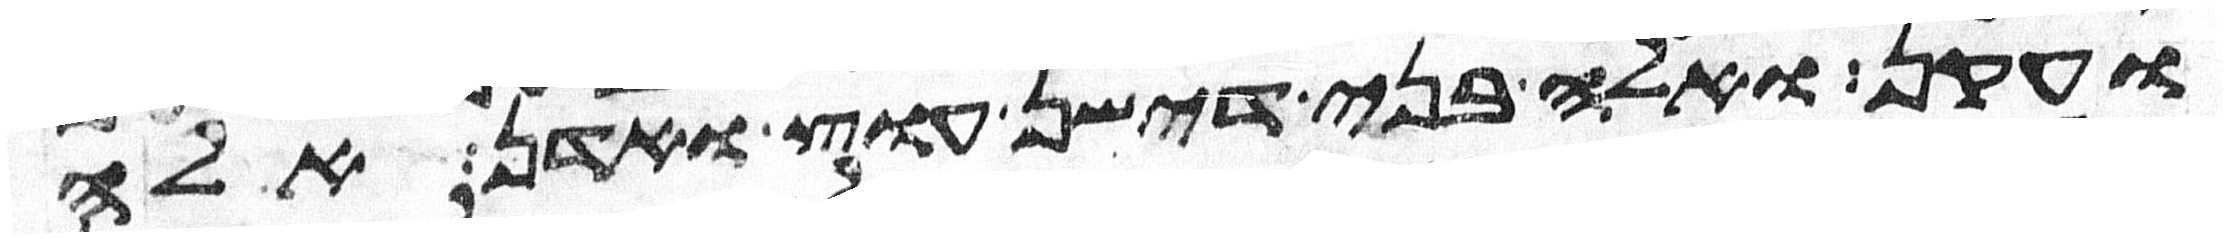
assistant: ועקן ואלה בני דישן עוץ ואדן אלה